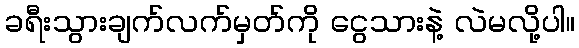
ခရီးသွားချက်လက်မှတ်ကို ငွေသားနဲ့ လဲမလို့ပါ။